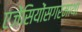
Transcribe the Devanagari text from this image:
एजेंसियोंसगरमाथा